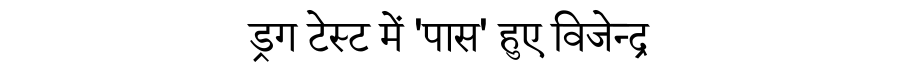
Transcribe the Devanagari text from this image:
ड्रग टेस्ट में 'पास' हुए विजेन्द्र